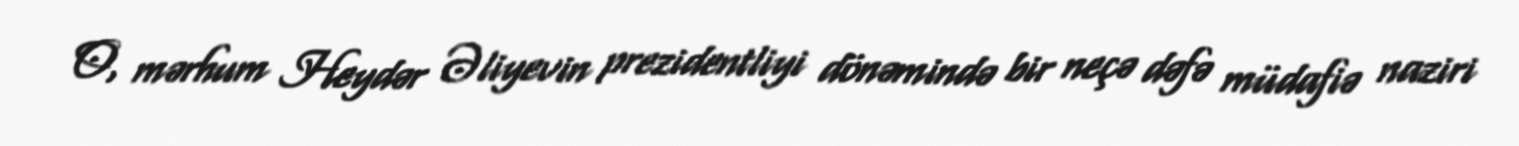
O, mərhum Heydər Əliyevin prezidentliyi dönəmində bir neçə dəfə müdafiə naziri